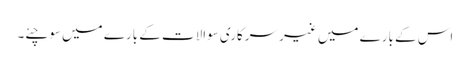
اس کے بارے میں غیر سرکاری سوالات کے بارے میں سوچئے۔